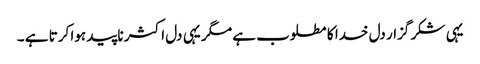
یہی شکر گزار دل خدا کا مطلوب ہے مگر یہی دل اکثر ناپید ہوا کرتا ہے ۔